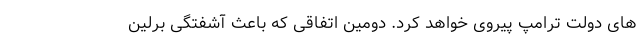
های دولت ترامپ پیروی خواهد کرد. دومین اتفاقی که باعث آشفتگی برلین